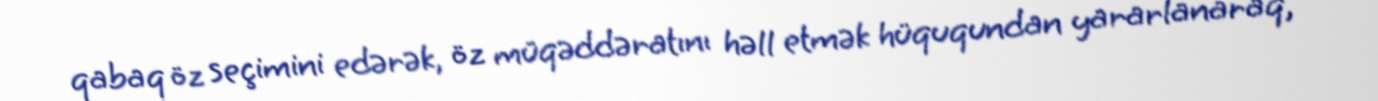
qabaq öz seçimini edərək, öz müqəddəratını həll etmək hüququndan yararlanaraq,